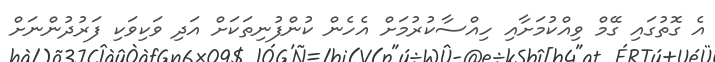
އެ ގޮތުގައި ގޭމް ވިއްކުމަށާއި ހިއްސާކުރުމަށް އެހެން ކުންފުނިތަކަށް އަދި ވަކިވަކި ފަރުދުންނަށް